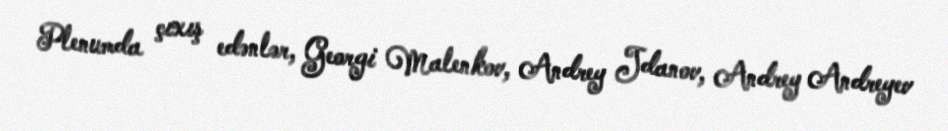
Plenumda çıxış edənlər, Georgi Malenkov, Andrey Jdanov, Andrey Andreyev